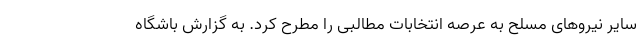
سایر نیروهای مسلح به عرصه انتخابات مطالبی را مطرح کرد. به گزارش باشگاه